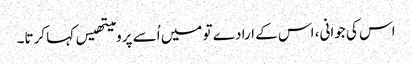
اس کی جوانی، اس کے ارادے تو میں اُسے پرومیتھیس کہا کرتا۔